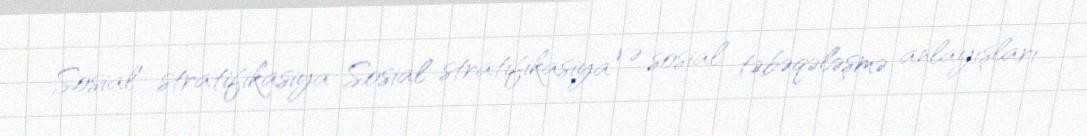
Sosial stratifikasiya Sosial stratifikasiya və sosial təbəqələşmə anlayışları